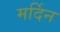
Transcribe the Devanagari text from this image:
मर्दिन